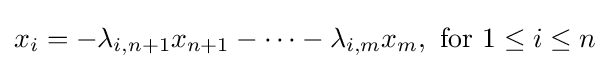
x_{i}=-\lambda _{i,n+1}x_{n+1}-\cdots -\lambda _{i,m}x_{m},{\mbox{ for }}1\leq i\leq n